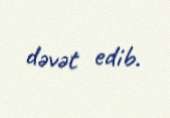
dəvət edib.